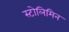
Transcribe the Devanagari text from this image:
स्टोलिमिन